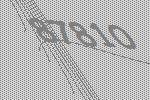
87810